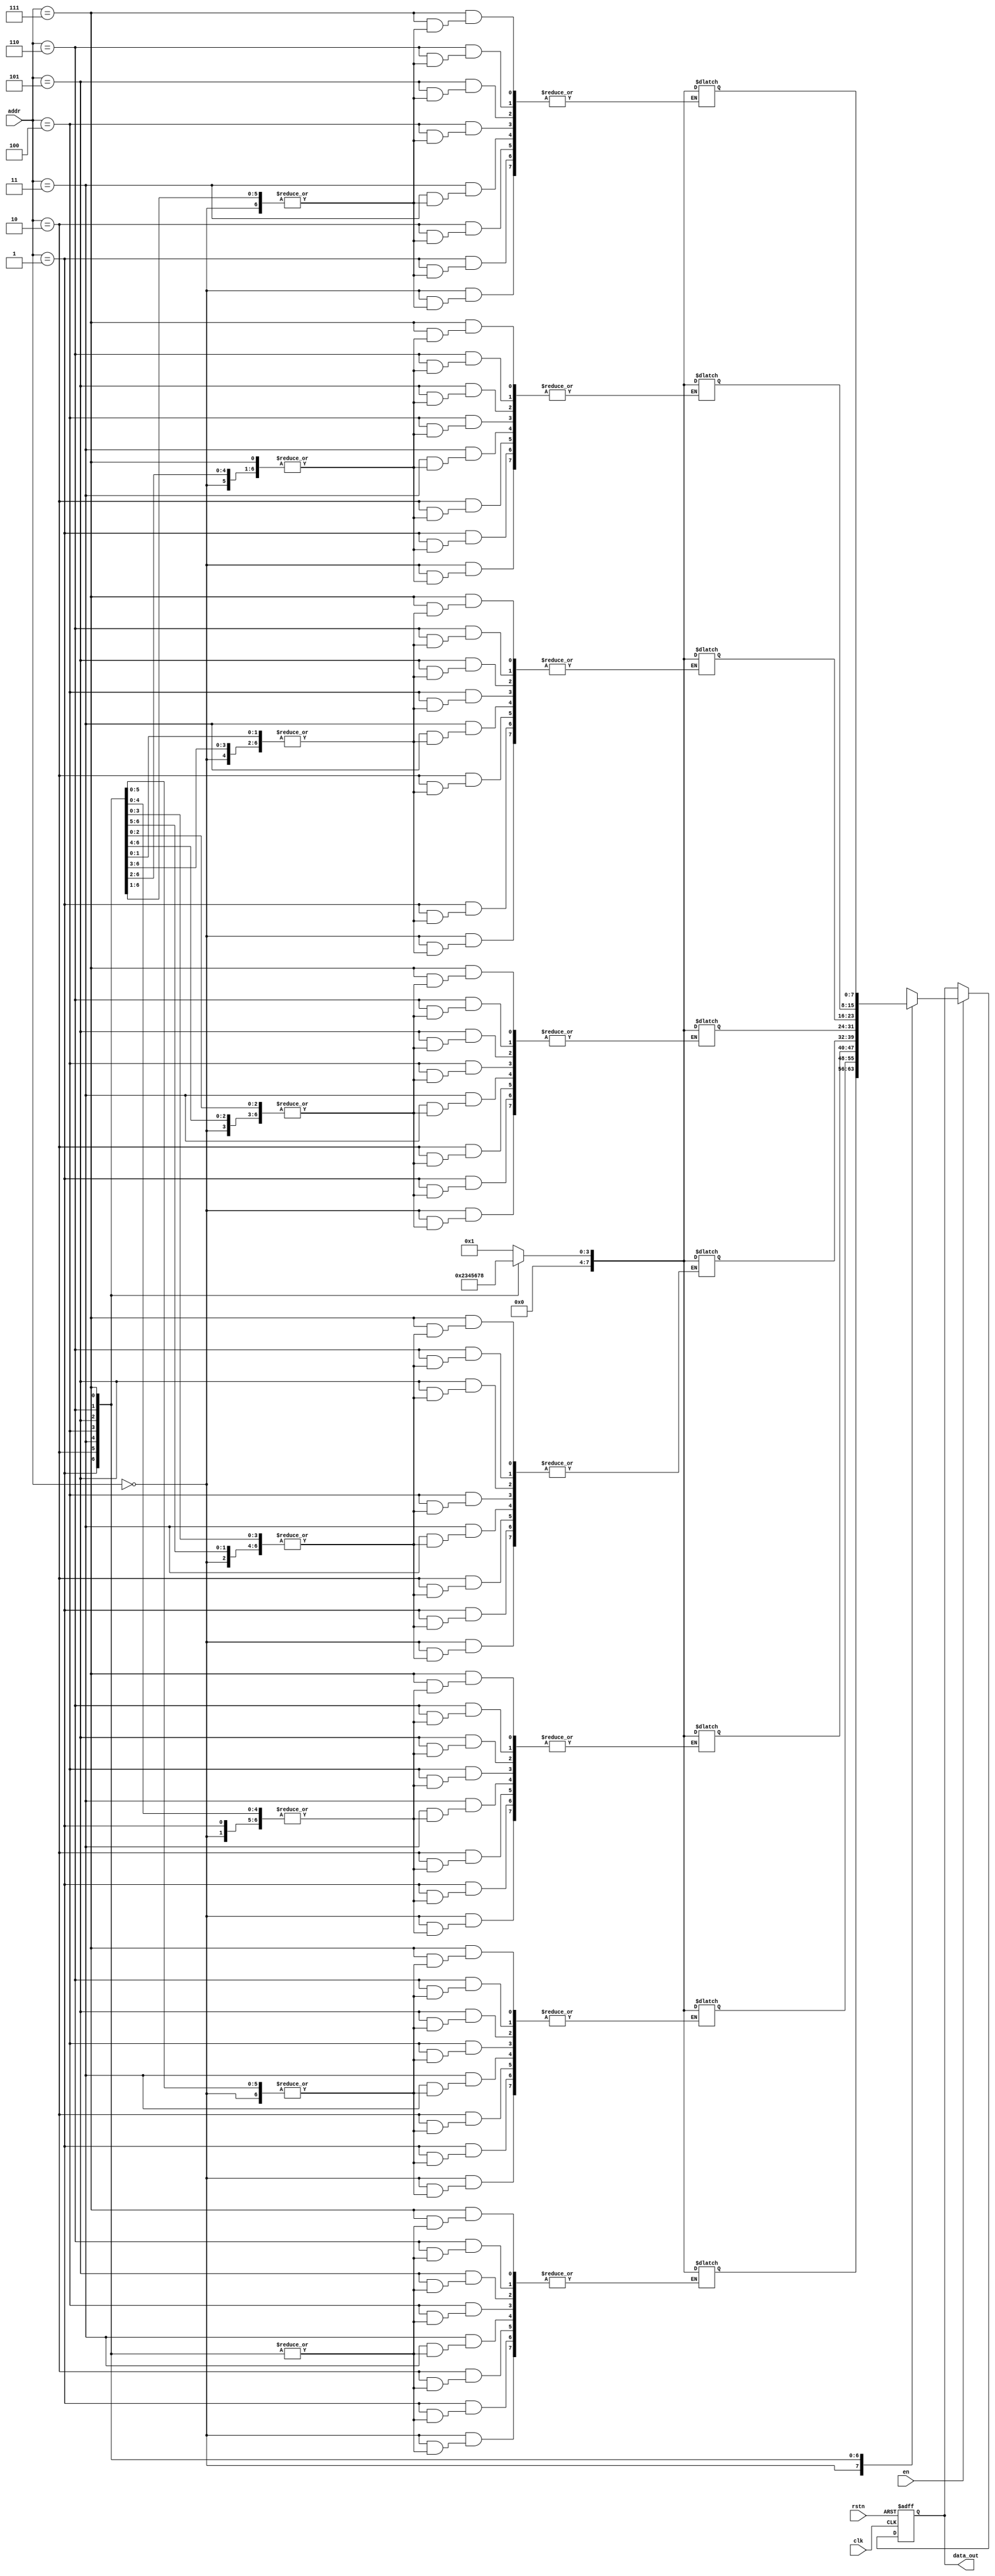
`timescale 1ns / 1ps
//////////////////////////////////////////////////////////////////////////////////
// Company: 
// Engineer: 
// 
// Design Name: 
// Module Name: single_port_rom
// Project Name: 
// Target Devices: 
// Tool Versions: 
// Description: 
// 
// Dependencies: 
// 
// Revision:
// Revision 0.01 - File Created
// Additional Comments:
// 
//////////////////////////////////////////////////////////////////////////////////


module single_port_rom(
    input [2:0] addr,
	input en,
	input clk,
	input rstn,
	output reg [7:0] data_out
	);

reg [7:0] mem [0:7];

always @(addr) begin
    case (addr)
	    3'b000: mem[addr] = 8'b00000001;
		3'b001: mem[addr] = 8'b00000010;
		3'b010: mem[addr] = 8'b00000011;
		3'b011: mem[addr] = 8'b00000100;
		3'b100: mem[addr] = 8'b00000101;
		3'b101: mem[addr] = 8'b00000110;
		3'b110: mem[addr] = 8'b00000111;
		3'b111: mem[addr] = 8'b00001000;
		default: mem[addr] = 8'b00000000;
	endcase
end
always @(posedge clk, negedge rstn) begin
    if (!rstn) begin
	    data_out <= 0;
	end else begin
	    if (en) begin
		    data_out <= mem[addr];
		end else begin
		    data_out <= data_out;
		end
	end
end
endmodule